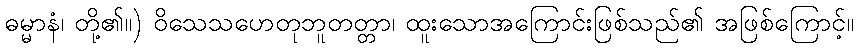
ဓမ္မာနံ၊ တို့၏။) ဝိသေသဟေတုဘူတတ္တာ၊ ထူးသောအကြောင်းဖြစ်သည်၏ အဖြစ်ကြောင့်။